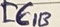
Text: IC1B